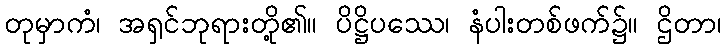
တုမှာကံ၊ အရှင်ဘုရားတို့၏။ ပိဋ္ဌိပဿေ၊ နံပါးတစ်ဖက်၌။ ဌိတာ၊